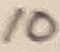
Text: 10